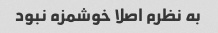
به نظرم اصلا خوشمزه نبود